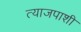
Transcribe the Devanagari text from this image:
त्याजपाशी